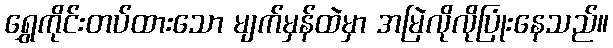
ရွှေကိုင်းတပ်ထားသော မျက်မှန်ထဲမှာ အမြဲလိုလိုပြုံးနေသည်။